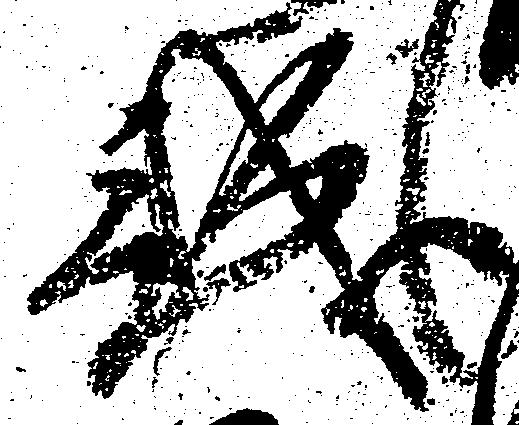
誠